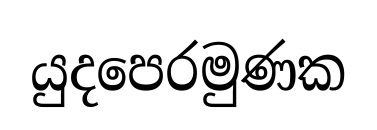
යුදපෙරමුණක